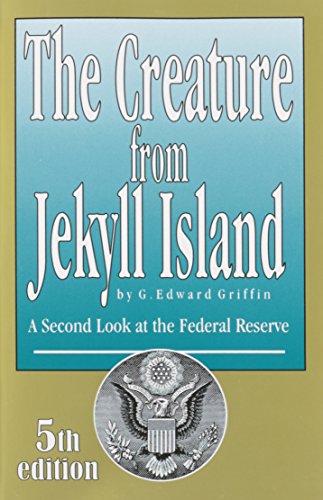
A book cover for The Creature from Jekyll Island: A Second Look at the Federal Reserve; G. Edward Griffin; Business & Money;